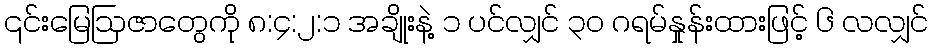
၎င်းမြေဩဇာတွေကို ၈:၄:၂:၁ အချိုးနဲ့ ၁ ပင်လျှင် ၃၀ ဂရမ်နှုန်းထားဖြင့် ၆ လလျှင်